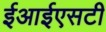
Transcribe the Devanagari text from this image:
ईआईएसटी